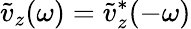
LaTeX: \tilde{v}_{z}(\omega)=\tilde{v}_{z}^{*}(-\omega)